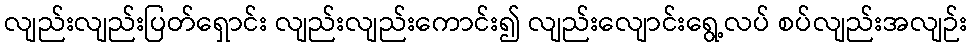
လျည်းလျည်းပြတ်ရှောင်း လျည်းလျည်းကောင်း၍ လျည်းလျောင်းရွေ့လပ် စပ်လျည်းအလျဉ်း